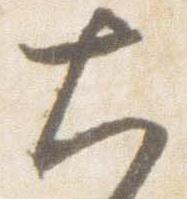
大